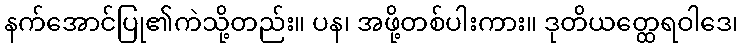
နက်အောင်ပြု၏ကဲသို့တည်း။ ပန၊ အဖို့တစ်ပါးကား။ ဒုတိယတ္ထေရဝါဒေ၊